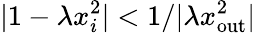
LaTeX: |1-\lambda x_{i}^{2}|<{1}/{|\lambda x_{\mathrm{out}}^{2}|}